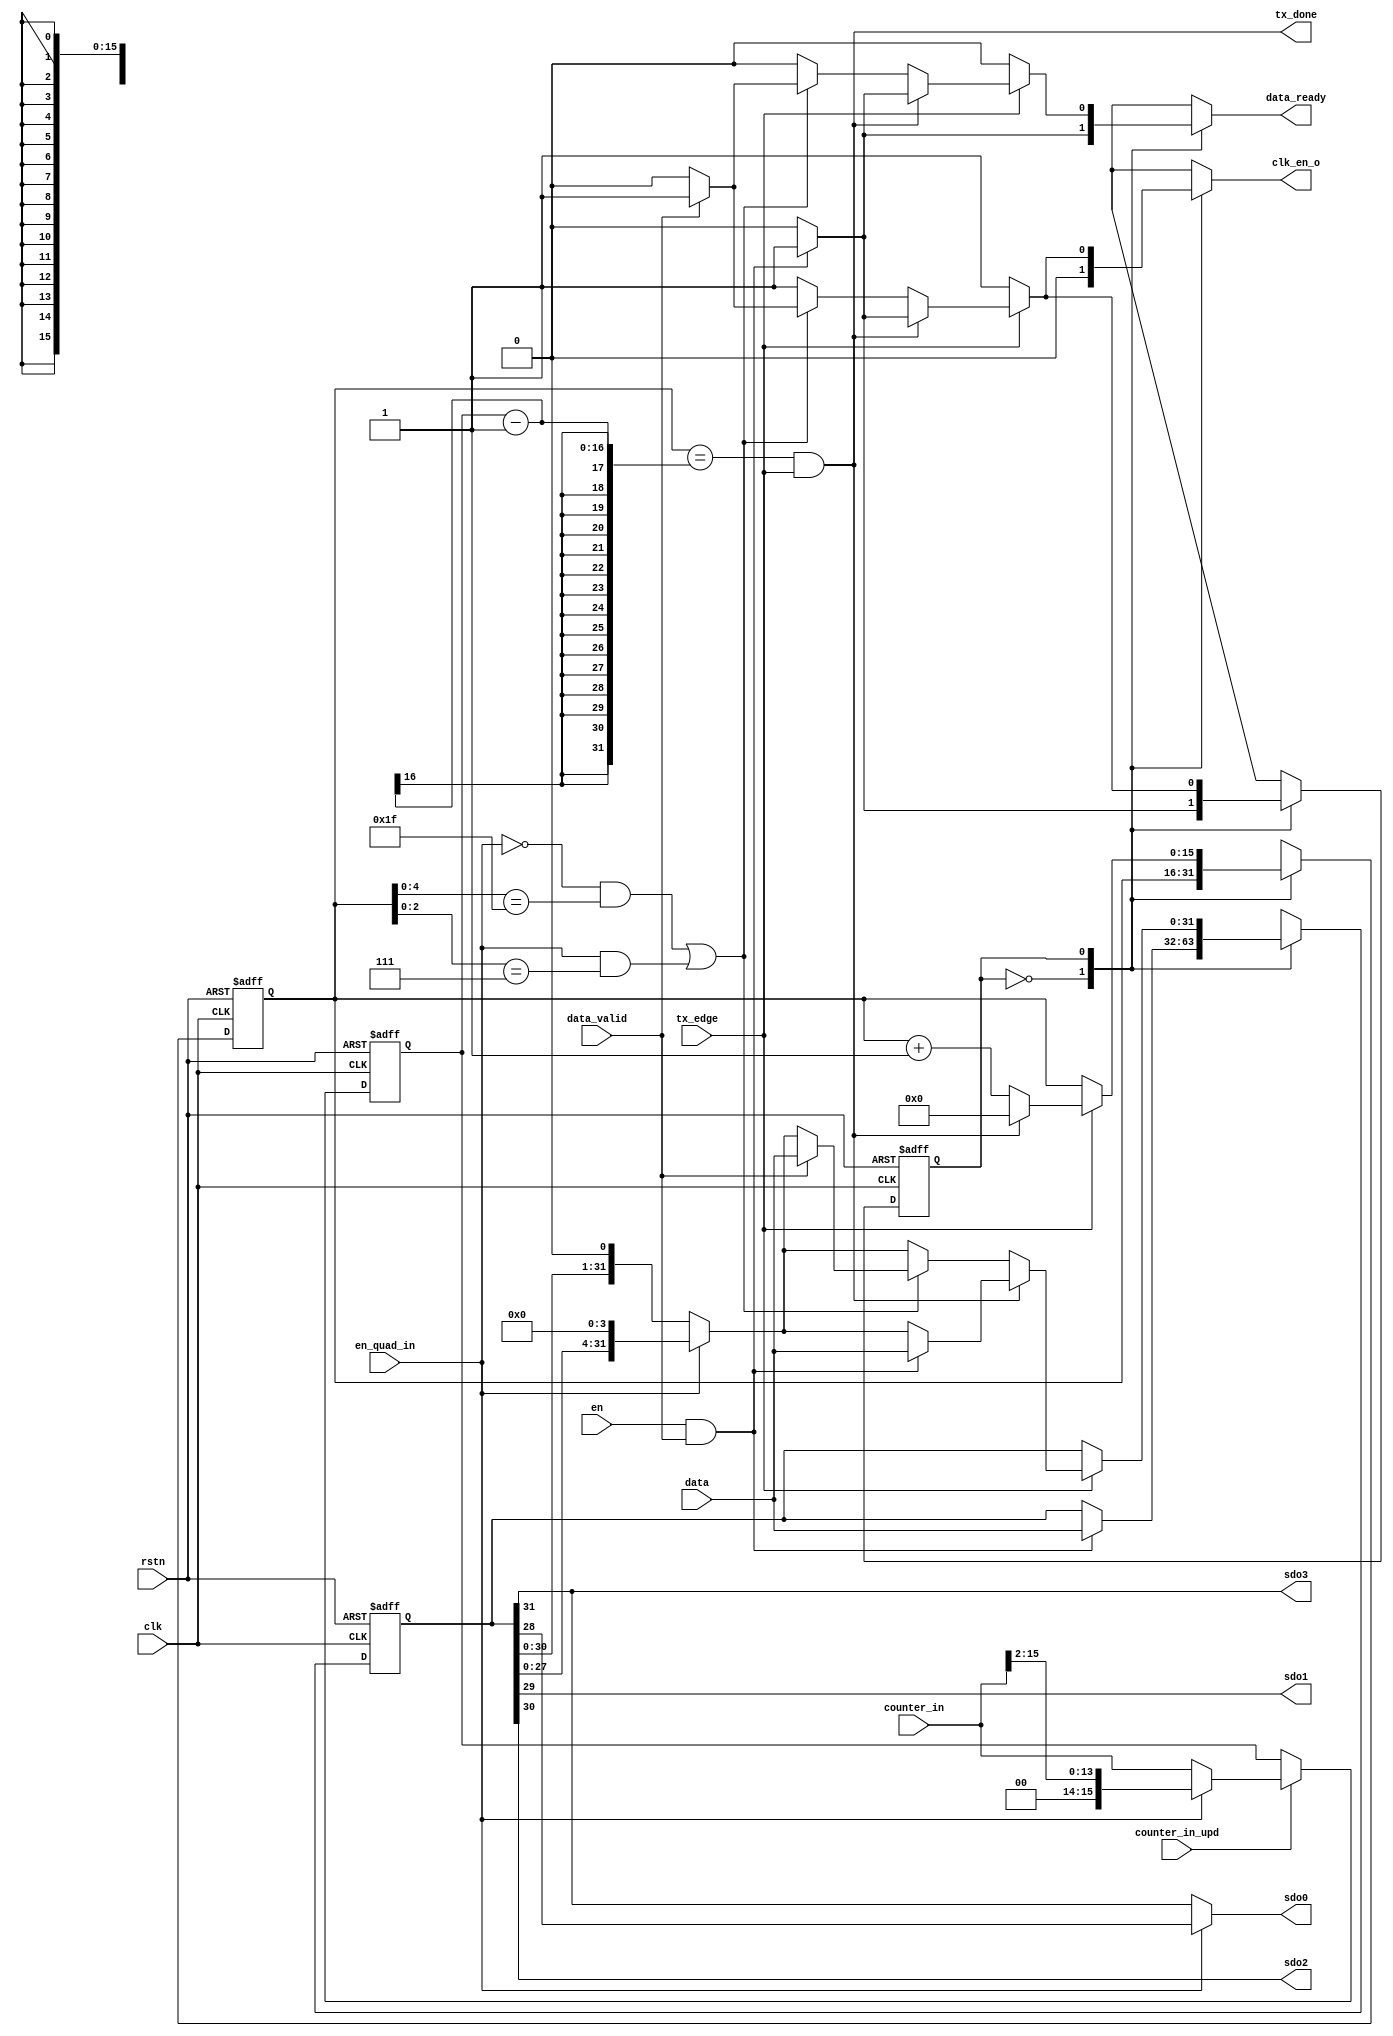
module spi_master_tx (
	clk,
	rstn,
	en,
	tx_edge,
	tx_done,
	sdo0,
	sdo1,
	sdo2,
	sdo3,
	en_quad_in,
	counter_in,
	counter_in_upd,
	data,
	data_valid,
	data_ready,
	clk_en_o
);
	input wire clk;
	input wire rstn;
	input wire en;
	input wire tx_edge;
	output wire tx_done;
	output wire sdo0;
	output wire sdo1;
	output wire sdo2;
	output wire sdo3;
	input wire en_quad_in;
	input wire [15:0] counter_in;
	input wire counter_in_upd;
	input wire [31:0] data;
	input wire data_valid;
	output reg data_ready;
	output reg clk_en_o;
	reg [31:0] data_int;
	reg [31:0] data_int_next;
	reg [15:0] counter;
	reg [15:0] counter_trgt;
	reg [15:0] counter_next;
	reg [15:0] counter_trgt_next;
	wire done;
	wire reg_done;
	reg [0:0] tx_CS;
	reg [0:0] tx_NS;
	assign sdo0 = (en_quad_in ? data_int[28] : data_int[31]);
	assign sdo1 = data_int[29];
	assign sdo2 = data_int[30];
	assign sdo3 = data_int[31];
	assign tx_done = done;
	assign reg_done = (!en_quad_in && (counter[4:0] == 5'b11111)) || (en_quad_in && (counter[2:0] == 3'b111));
	always @(*)
		if (counter_in_upd)
			counter_trgt_next = (en_quad_in ? {2'b00, counter_in[15:2]} : counter_in);
		else
			counter_trgt_next = counter_trgt;
	assign done = (counter == (counter_trgt - 1)) && tx_edge;
	always @(*) begin
		tx_NS = tx_CS;
		clk_en_o = 1'b0;
		data_int_next = data_int;
		data_ready = 1'b0;
		counter_next = counter;
		case (tx_CS)
			1'd0: begin
				clk_en_o = 1'b0;
				if (en && data_valid) begin
					data_int_next = data;
					data_ready = 1'b1;
					tx_NS = 1'd1;
				end
			end
			1'd1: begin
				clk_en_o = 1'b1;
				if (tx_edge) begin
					counter_next = counter + 1;
					data_int_next = (en_quad_in ? {data_int[27:0], 4'b0000} : {data_int[30:0], 1'b0});
					if (tx_done) begin
						counter_next = 0;
						if (en && data_valid) begin
							data_int_next = data;
							data_ready = 1'b1;
							tx_NS = 1'd1;
						end
						else begin
							clk_en_o = 1'b0;
							tx_NS = 1'd0;
						end
					end
					else if (reg_done)
						if (data_valid) begin
							data_int_next = data;
							data_ready = 1'b1;
						end
						else begin
							clk_en_o = 1'b0;
							tx_NS = 1'd0;
						end
				end
			end
		endcase
	end
	always @(posedge clk or negedge rstn)
		if (~rstn) begin
			counter <= 0;
			counter_trgt <= 'h8;
			data_int <= 'h0;
			tx_CS <= 1'd0;
		end
		else begin
			counter <= counter_next;
			counter_trgt <= counter_trgt_next;
			data_int <= data_int_next;
			tx_CS <= tx_NS;
		end
endmodule